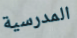
المدرسية